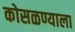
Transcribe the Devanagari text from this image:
कोसळण्याला